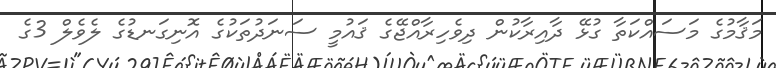
މަޤާމުގެ މަސައްކަތާ ގުޅޭ ދާއިރާކުން ދިވެހިރާއްޖޭގެ ޤައުމީ ސަނަދުތަކުގެ އޮނިގަނޑުގެ ލެވެލް 3ގެ